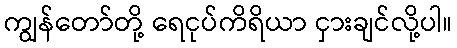
ကျွန်တော်တို့ ရေငုပ်ကိရိယာ ငှားချင်လို့ပါ။